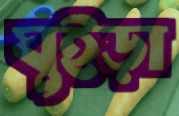
ঘুইড়া